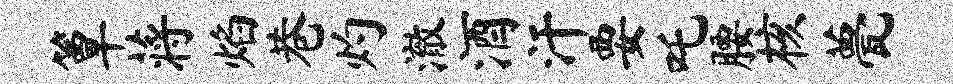
簟蒋焰巷灼澈酒汗要吒腰核甍